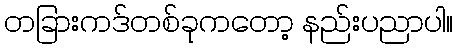
တခြားကဒ်တစ်ခုကတော့ နည်းပညာပါ။